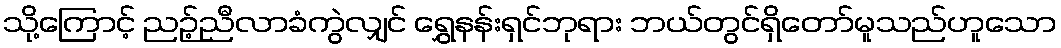
သို့ကြောင့် ညဉ့်ညီလာခံကွဲလျှင် ရွှေနန်းရှင်ဘုရား ဘယ်တွင်ရှိတော်မူသည်ဟူသော